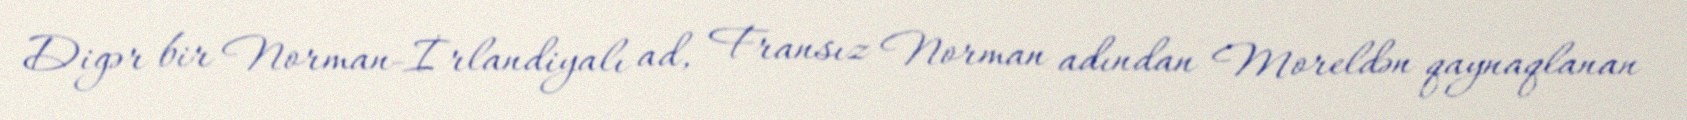
Digər bir Norman-İrlandiyalı ad, Fransız Norman adından Moreldən qaynaqlanan